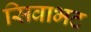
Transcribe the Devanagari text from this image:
सिवाभट